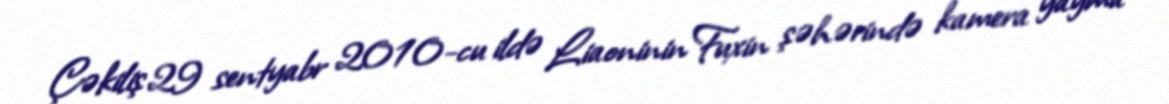
Çəkiliş 29 sentyabr 2010-cu ildə Liaoninin Fuxin şəhərində kamera yayma